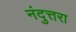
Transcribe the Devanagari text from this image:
नंदुत्तरा